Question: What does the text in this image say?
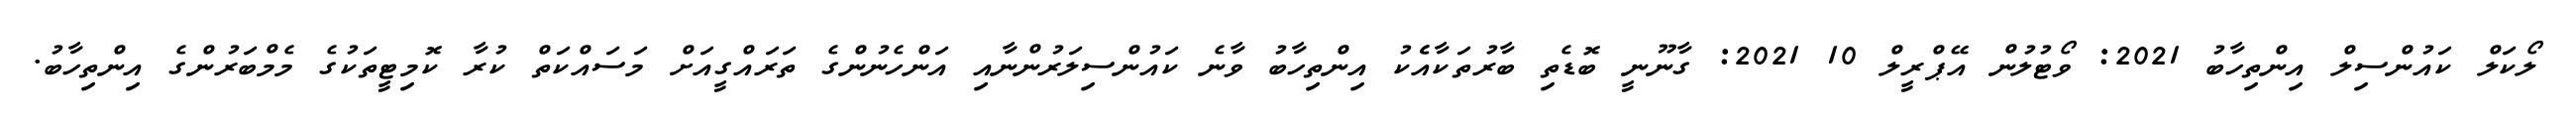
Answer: ލޯކަލް ކައުންސިލް އިންތިހާބު 2021: ވޯޓުލުން އޭޕްރީލް 10 2021: ގާނޫނީ ބޮޑެތި ބާރުތަކާއެެކު އިންތިހާބު ވާނެ ކައުންސިލަރުންނާއި އަންހެނުންގެ ތަރައްގީއަށް މަސައްކަތް ކުރާ ކޮމިޓީތަކުގެ މެމްބަރުންގެ އިންތިހާބު.